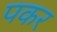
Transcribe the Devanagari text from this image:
पकर